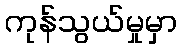
ကုန်သွယ်မှုမှာ